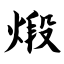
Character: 煅